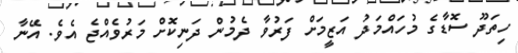
ހިތަދޫ ސޮޑާގެ މުހައްމަދު އަޒީމަށް ފަރުވާ ދެމުން ދަނިކޮށް މަރުވެއްޖެ އެވެ. އޭނާ